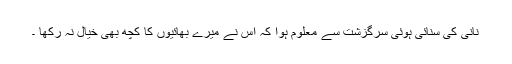
نانی کی سنائی ہوئی سرگزشت سے معلوم ہوا کہ اس نے میرے بھائیوں کا کچھ بھی خیال نہ رکھا ۔